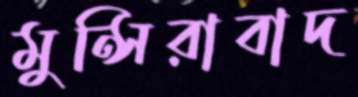
মুন্সিরাবাদ